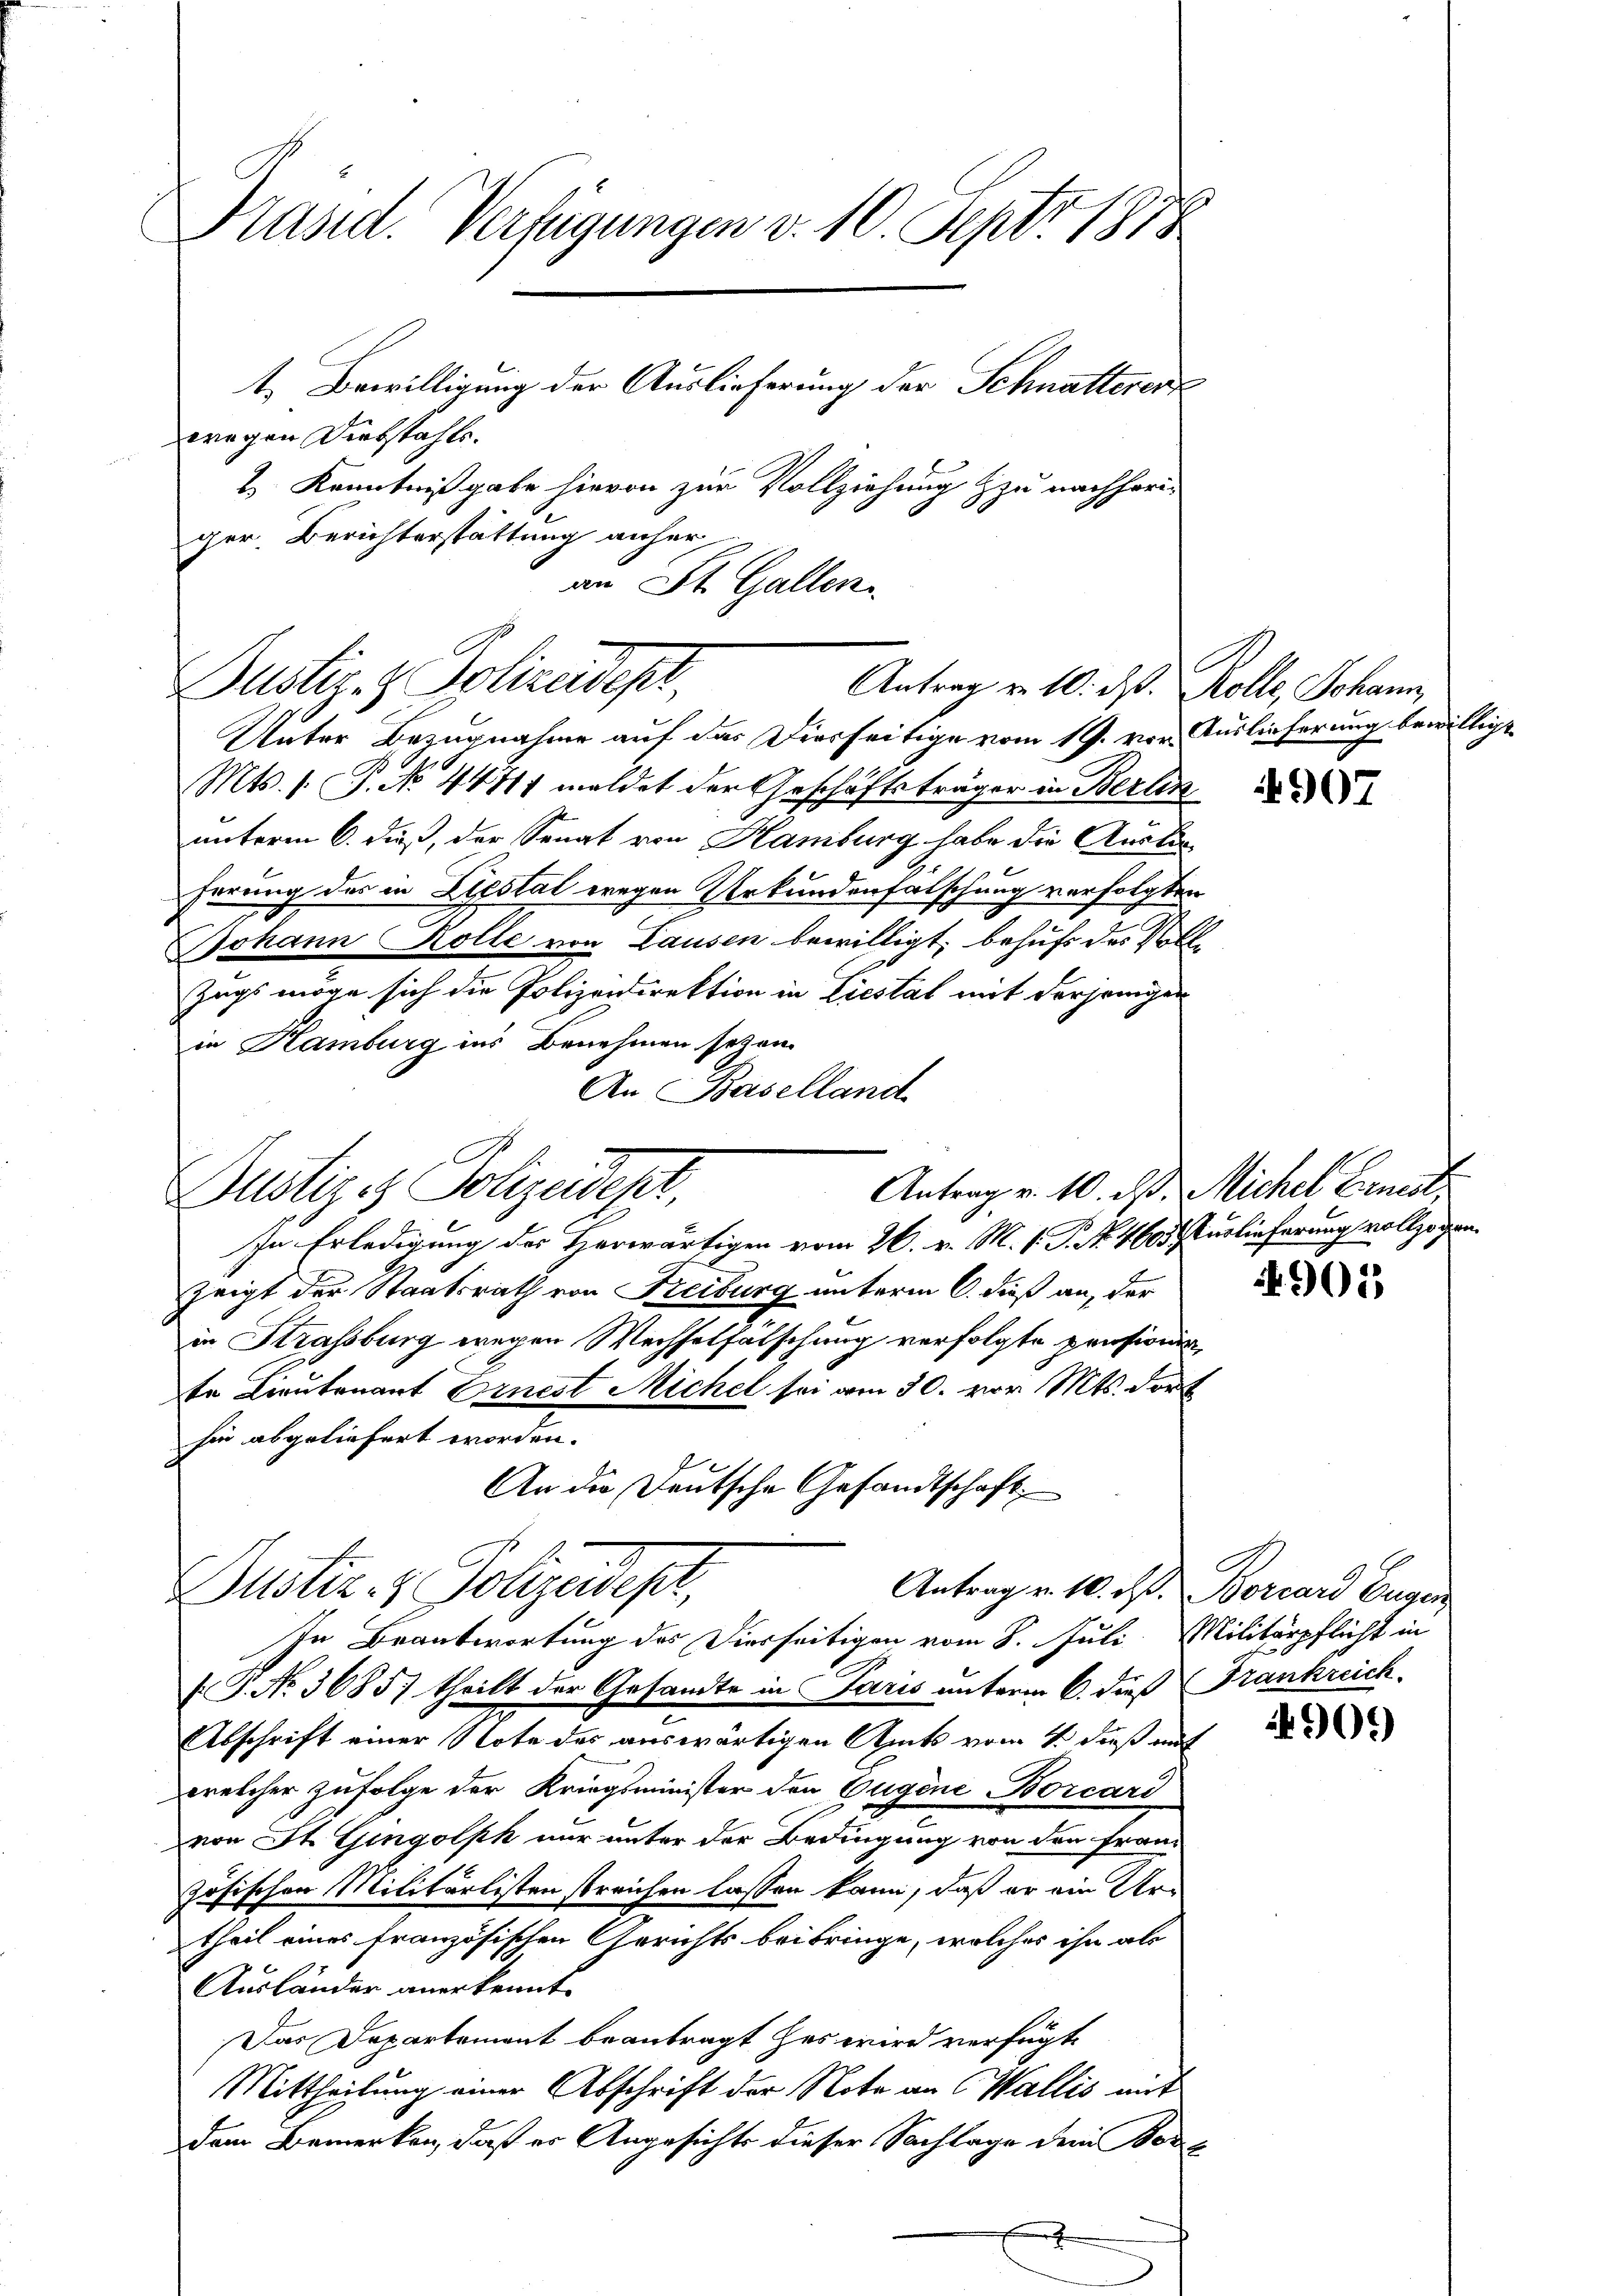
Präsid. Verfügungen v. 10. Sept. 1878
t. Bewilligung der Auslieferung der Schnatterert

wegen Diebstahle.
2.) Kenntniß gabe hievon zur Vollziehung zu nachherig
ger. Berichterstattung anher
an St. Gallen.

Dustiz- & Polizeidept,
Antrag v. 10. ds. Rolle, Johann,

Unter Bezugnahme auf das Dierseitige vom 19. vor Auslieferung bewilligt
Mts. 1. P. No 44711 meldet der Geschäftsträger in Berlin
unterm 6. dieß, der Senat von Hamburg habe die Auskon
herung des in Liestal wegen Urkundenfalschung verfolgten
Johann Rolle von Lausen bewilligt, behufs des Voll
Zugs möge sich die Polizeidirektion in Liestät mit derjeniger
in Hamburg ins Benehmen seyen.
An Baselland
Antrag v. 10. d. Michel Ernest
Justizes Polizeidest,
In Erledigung des Herwärtigen vom 26. v. M. v. J. No. 460 urlieferung vollzogen.
zeigt der Staatsrath von Freiburg unterm 6. dieß an, der
in Strassburg wegen Wechselfälschung verfolgte pensionste Lieutenant Ernest Michel sei am 30. vor. Mts. dort
hin abgeliefert worden.
An die Deutsche Gesandtschaft
Justiz- & Polizeidest,
Antrag v. 10. d. Borcard Eugen
In Beantwortung des Dierseitigen vom 8. Juli. Militärpflicht in
P. No. 3685) theilt der Gesandte in Paris unterm 6. dieß Frankreich
Abschrift einer Note des auswärtigen Amts vom 4. dieß mit
welcher zufolge der Kriegsminister den Eugene Borcari
von St. Gingolph nur unter der Bedingung von den Französischen Militärlisten streichen lassen kann, daß er ein Vertheil eines französischen Gerichts beibringe, welches ihn als
Ausländer anerkennt.
Das Departement beantragt her wird verfügt,
Mittheilung einer Abschrift der Note an Wallis mit
Dem Bemerken, daß er Angesichts dieser Sachlage der Borg

4907

902

4909)